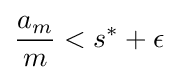
{\frac {a_{m}}{m}}<s^{*}+\epsilon